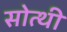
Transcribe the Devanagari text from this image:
सोत्थी